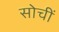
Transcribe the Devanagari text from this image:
सोचीं